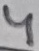
Text: 4